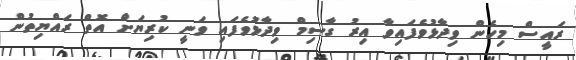
ރައީސް މިހެން ވިދާޅުވެފައިވާ އިރު ގާސިމް ވިދާާޅުވެފައި ވަނީ ކުރިޔަށް އޮތް ރައްޔިތުން